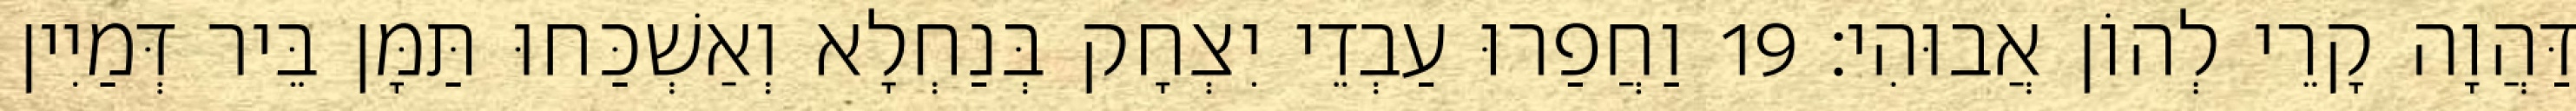
דַּהֲוָה קָרֵי לְהוֹן אֲבוּהִי׃ 19 וַחֲפַרוּ עַבְדֵי יִצְחָק בְּנַחְלָא וְאַשְׁכַּחוּ תַּמָּן בֵּיר דְּמַיִין